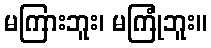
မကြားဘူး၊ မကြုံဘူး။